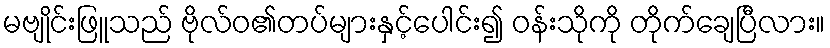
မဗျိုင်းဖြူသည် ဗိုလ်ဝ၏တပ်များနှင့်ပေါင်း၍ ဝန်းသိုကို တိုက်ချေပြီလား။